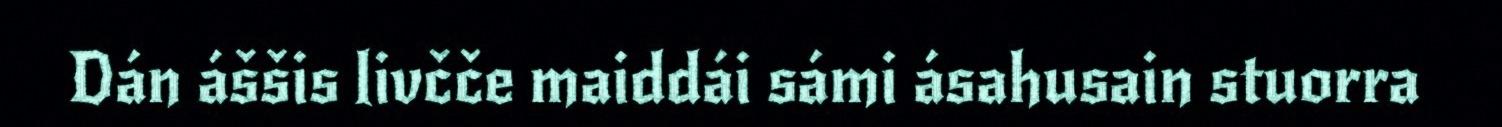
Dán áššis livčče maiddái sámi ásahusain stuorra